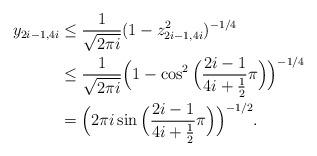
LaTeX: \begin{align*} y_{2i-1,4i} &\leq \frac{1}{\sqrt{2\pi i}}(1-z_{2i-1,4i}^2)^{-1/4} \\ &\leq \frac{1}{\sqrt{2\pi i}}\Big(1-\cos^2\Big(\frac{2i-1}{4i+\frac{1}{2}}\pi\Big)\Big)^{-1/4} \\&=\Big(2\pi i\sin\Big(\frac{2i-1}{4i+\frac{1}{2}}\pi\Big)\Big)^{-1/2}.\end{align*}